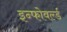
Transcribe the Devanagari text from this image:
इन्फोवर्ल्ड